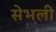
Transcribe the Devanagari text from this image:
सेभली